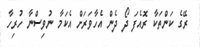
ރޭގެ ކަންތަކާ ރޮއެފަ ދޯ ދެން އެހާވަރަށް އެކަމާ ނުވިސްނާ ހުރިހާ